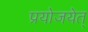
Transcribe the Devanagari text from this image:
प्रयोजयेत्